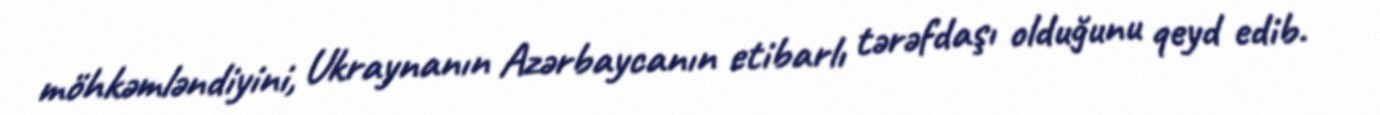
möhkəmləndiyini, Ukraynanın Azərbaycanın etibarlı tərəfdaşı olduğunu qeyd edib.